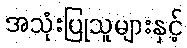
အသုံးပြုသူများနှင့်